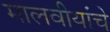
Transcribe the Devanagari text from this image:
मालवीयांचे